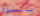
باللوم